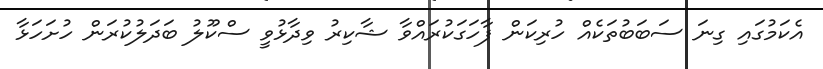
އެކަމުގައި ގިނަ ސަބަބުތަކެއް ހުރިކަން ފާހަގަކުރައްވާ ޝާކިރު ވިދާޅުވީ ސްކޫލު ބަދަލުކުރަން ހުށަހަޅާ